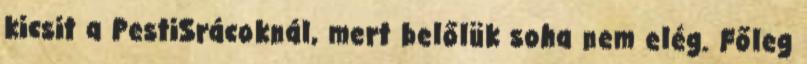
kicsit a PestiSrácoknál, mert belőlük soha nem elég. Főleg